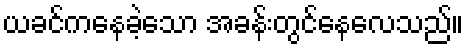
ယခင်ကနေခဲ့သော အခန်းတွင်နေလေသည်။